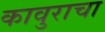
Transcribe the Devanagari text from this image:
कावुराचा